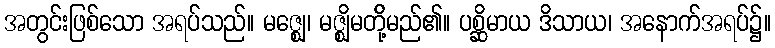
အတွင်းဖြစ်သော အရပ်သည်။ မဇ္ဈေ၊ မဇ္ဈိမတို့်မည်၏။ ပစ္ဆိမာယ ဒိသာယ၊ အနောက်အရပ်၌။